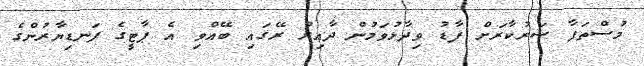
މުސްތަފާ ސަރުކާރަށް ފާޑު ވިދާޅުވަމުން ދާއިރު ރޭގައި ބޭއްވި އެ ޕާޓީގެ ފަނޑިޔާރުންގެ